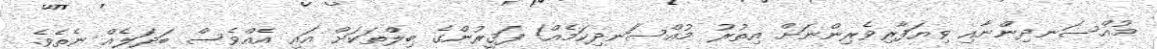
މުއްސަނދިންނާއި ވިޔަފާރިވެރިންނަށް އިތުރު މުއްސަަނދިކަމެއް! ފަޤީރުންގެ ބިލްތަކަށް އައި އެއްވެސް ބަދަލެއް ނެތެވެ.